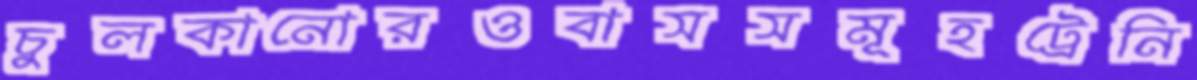
চুলকানোরওবাসসমূহট্রেনি